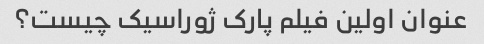
عنوان اولین فیلم پارک ژوراسیک چیست؟